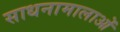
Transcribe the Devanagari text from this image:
साधनामालाओं